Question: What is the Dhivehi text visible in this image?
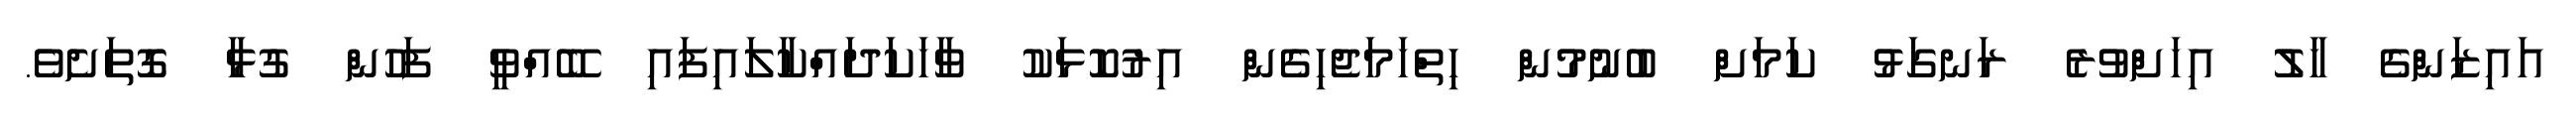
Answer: އައިޒަންގެ ހާލު އިހަށްވުރެ ރަނގަޅު ކަމަށް ބުނުމުން ހިތްހަމަޖެހިގެން އިރުކޮޅަކު ވާހަކަދައްކާލައިފައި ބޭއްވީ ފަހުން ގުޅާ ގޮތަށެވެ.